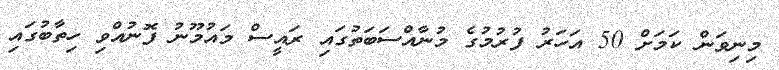
މިނިވަން ކަމަށް 50 އަހަރު ފުރުމުގެ މުނާއްސަބަތުގައި ރައީސް މައުމޫނު ފޮނުއްވި ހިތާބުގައި